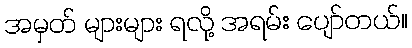
အမှတ် များများ ရလို့ အရမ်း ပျော်တယ်။